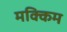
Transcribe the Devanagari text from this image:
मक्किम